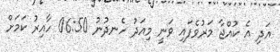
އަދި އެ ކުއްޖާ މަރުވެފައި ވަނީ މިއަދު ހެނދުނު 06:50 ހާއިރު ކަމަށް